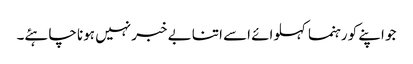
جو اپنے کو رہنما کہلوائے اسے اتنا بے خبر نہیں ہونا چاہئے۔